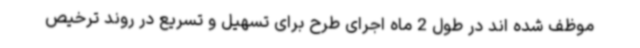
موظف شده اند در طول 2 ماه اجرای طرح برای تسهیل و تسریع در روند ترخیص